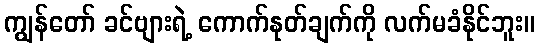
ကျွန်တော် ခင်ဗျားရဲ့ ကောက်နုတ်ချက်ကို လက်မခံနိုင်ဘူး။